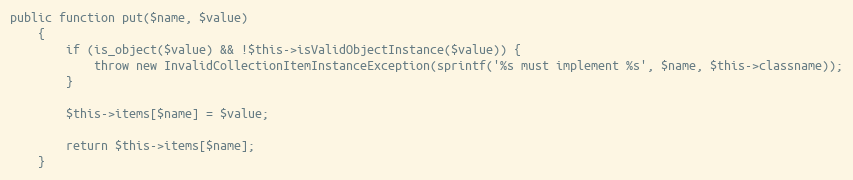
Language: PHP
public function put($name, $value)
    {
        if (is_object($value) && !$this->isValidObjectInstance($value)) {
            throw new InvalidCollectionItemInstanceException(sprintf('%s must implement %s', $name, $this->classname));
        }

        $this->items[$name] = $value;

        return $this->items[$name];
    }